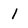
Character: I